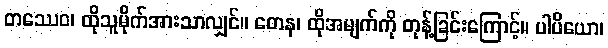
တဿေဝ၊ ထိုသူမိုက်အားသာလျှင်။ တေန၊ ထိုအမျက်ကို တုန့်ခြင်းကြောင့်။ ပါပိယော၊